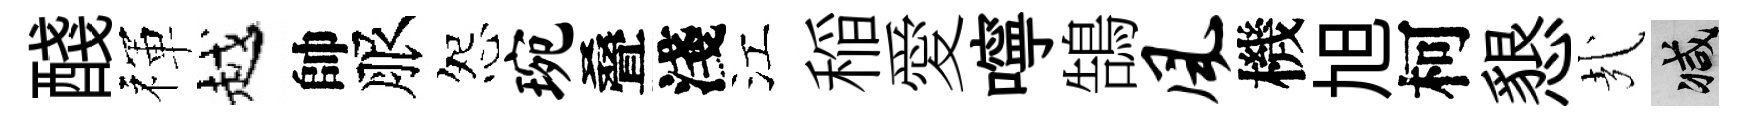
醆禈越帥服怨琬叠淺江稲愛嚀鵠风機旭柯懇㢤减